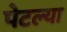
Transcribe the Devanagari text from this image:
पेटल्या